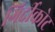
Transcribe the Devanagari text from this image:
गिर्दीकोट